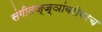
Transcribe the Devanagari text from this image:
संगीतज्ज्ञांबरोबरच